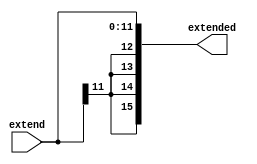
module SignExtender(input[11:0] extend, output reg [15:0]  extended );

always @(*) begin
    extended[11:0] = extend[11:0];
    extended[15:12] = {4{extend[11]}};
end

endmodule